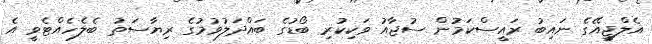
އެލްޖީއޭގެ ނައިބު ރައީސްކަމުން ސުޖާއު ވަކިކުރި ބޯޑުގެ ބައްދަލުވުމުގެ ރިޔާސަތު ބެލެހެއްޓެވީ އެ